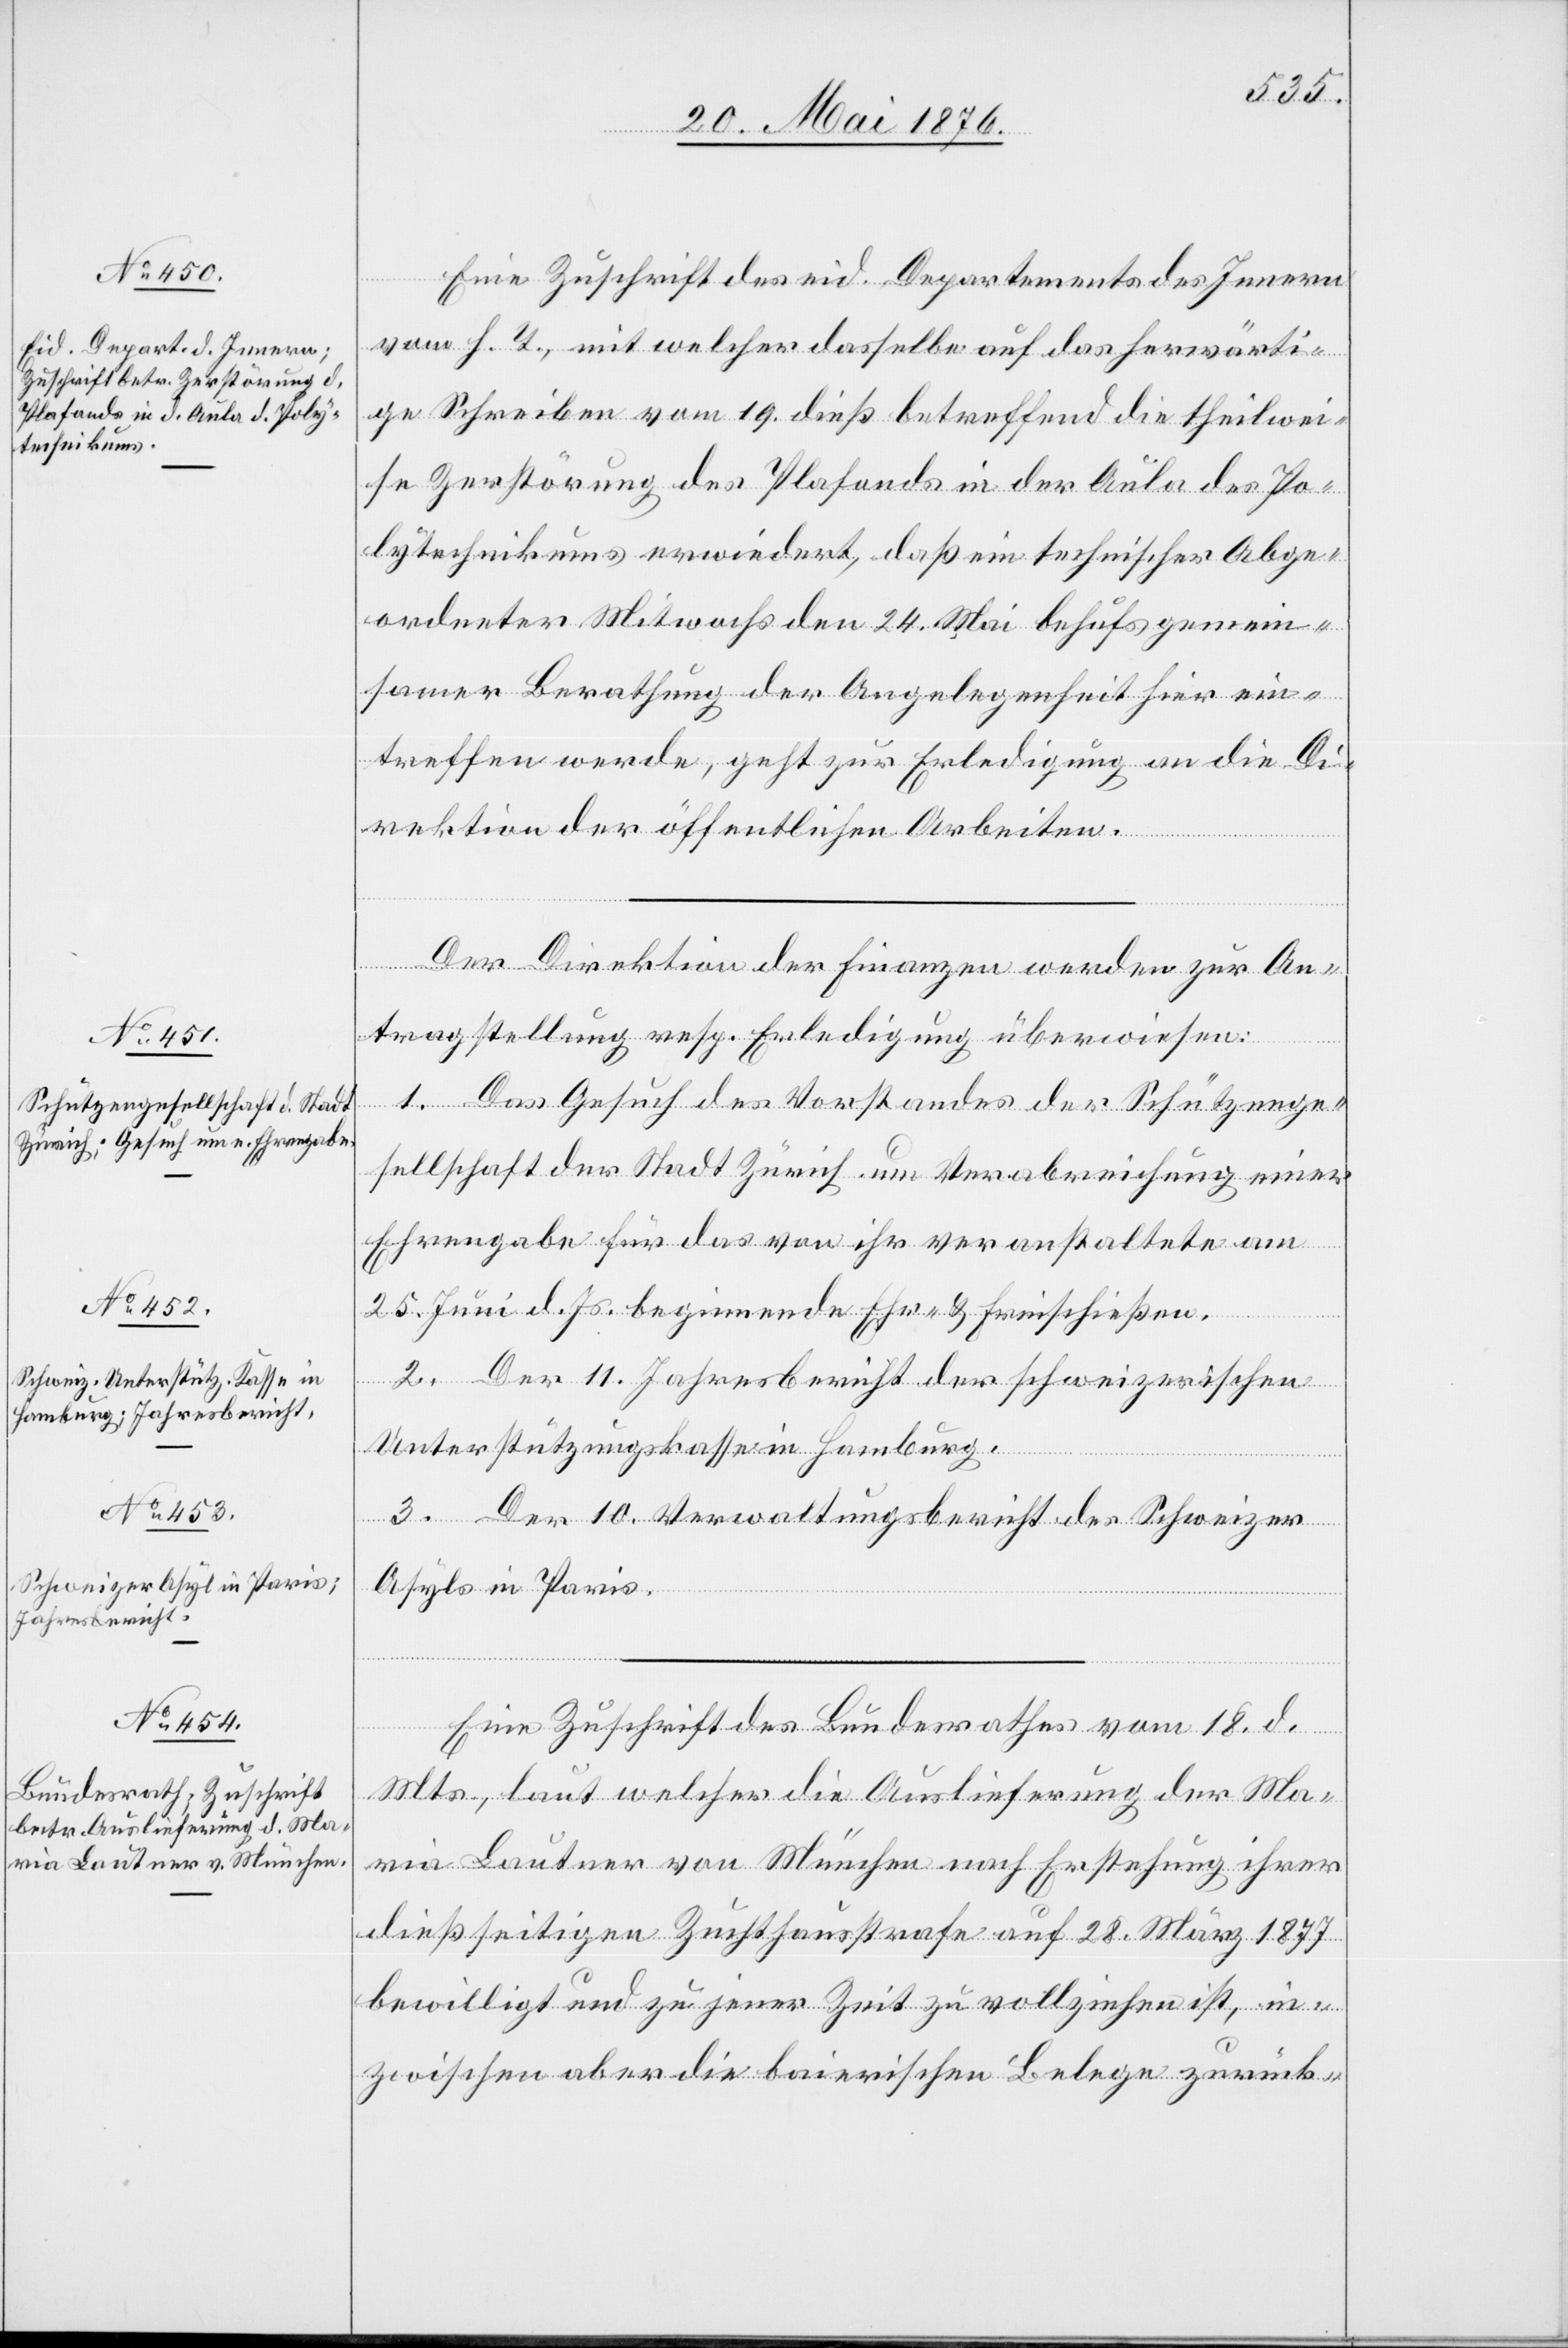
22. Mai 1876.]
Eine Zuschrift des eid. Departements des Innern
vom h. T., mit welcher dasselbe auf das herwärti¬
ge Schreiben vom 19. dieß betreffend die theilwei¬
se Zerstörung des Plafonds in der Aula des Po¬
lytechnikums erwiedert, das ein technischer Abge¬
ordneter Mitwochs den 24. Mai behufs gemein¬
samer Berathung der Angelegenheit hier ein¬
treffen werde, geht zur Erledigung an die Di¬
rektion der öffentlichen Arbeiten.
dia¬
fügungen
Der Direktion der Finanzen werden zur An¬
tragstellung resp. Erledigung überwiesen:
1. Das Gesuch des Vorstandes der Schützenge¬
sellschaft der Stadt Zürich um Verabreichung einer
Ehrengabe für das von ihr veranstaltete am
25. Juni d. Js. beginnende Ehr- & Freischießen.
Der 11. Jahresbericht der schweizerischen
Unterstützungskasse in Hamburg.
3. Der 10. Verwaltungsbericht des Schweizer
Asyls in Paris.
Eine Zuschrift des Bundesrathes vom 18. d.
Mts., laut welcher die Auslieferung der Ma¬
ria Lautner von München nach Erstehung ihrer
dießseitigen Zuchthausstrafe auf 28. März 1877
bewilligt und zu ihrer Zeit zu vollziehen ist, in¬
zwischen aber die bairischen Belege zurück-